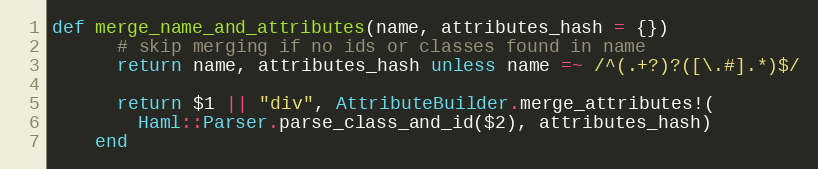
Language: Ruby
def merge_name_and_attributes(name, attributes_hash = {})
      # skip merging if no ids or classes found in name
      return name, attributes_hash unless name =~ /^(.+?)?([\.#].*)$/

      return $1 || "div", AttributeBuilder.merge_attributes!(
        Haml::Parser.parse_class_and_id($2), attributes_hash)
    end